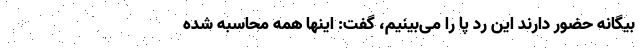
بیگانه حضور دارند این رد پا را می‌بینیم، گفت: اینها همه محاسبه شده